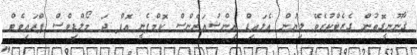
ޤާނޫނީގޮތުން ގެޒެޓްކުރެވޭ ލިޔުން އެލައިޑް އިންޝުއަރެންސް ކޮމްޕެނީ އޮފް ދަ މޯލްޑިވްސް ޕްރައިވެޓް